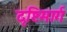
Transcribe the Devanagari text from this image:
दृष्टिमार्ग